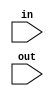
module signExt16_11(in, out); 

	input[10:0]in;
	input[15:0]out; 

	assign out = { {5{in[10]}}, in[10:0] };

endmodule